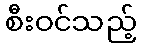
စီးဝင်သည့်